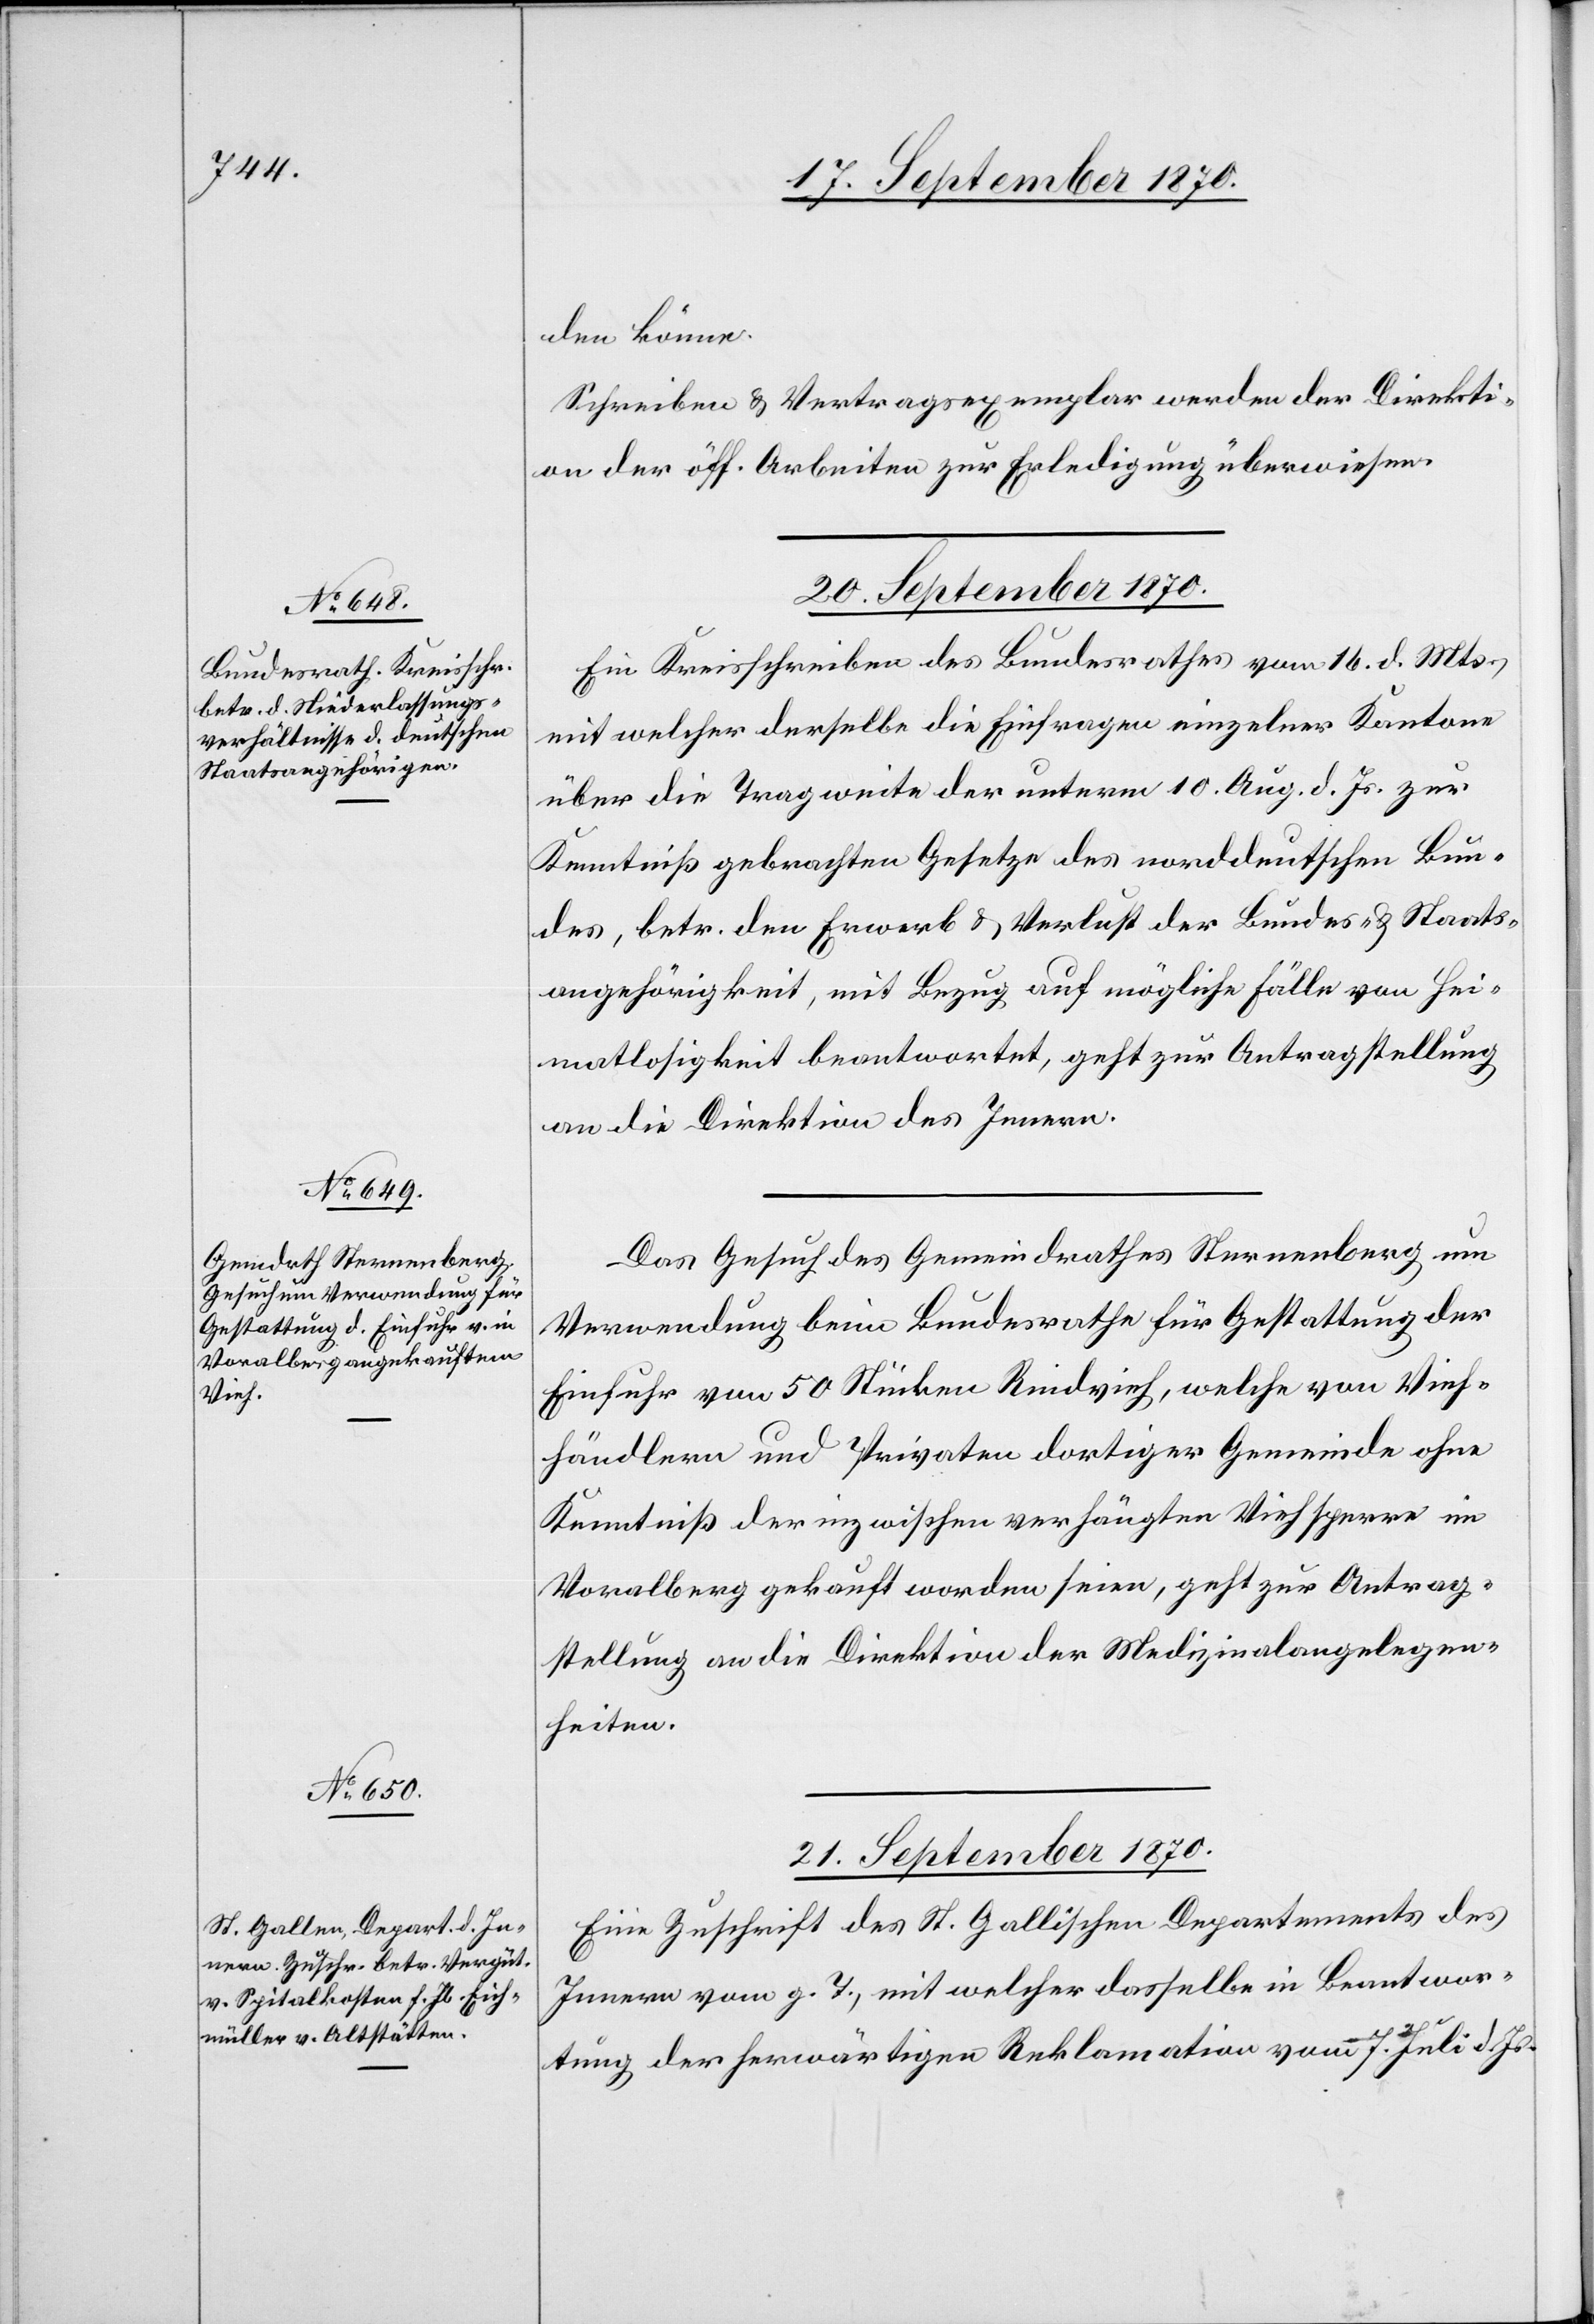
den könne.
Schreiben & Vertragsexemplar werden der Direkti¬
on der öff. Arbeiten zur Erledigung überwiesen.
20. September 1870.]
Ein Kreisschreiben des Bundesrathes vom 16. d. Mts.
mit welcher [sic!] derselbe die Einfrage einzelner Kantone
über die Tragweite der unterm 10. Aug. d. Js. zur
Kenntniß gebrachten Gesetze des norddeutschen Bun¬
des, betr. den Erwerb & Verlust der Bundes- & Staats¬
angehörigkeit, mit Bezug auf mögliche Fälle von Hei¬
matlosigkeit beantwortet, geht zur Antragstellung
an die Direktion des Innern.
Das Gesuch des Gemeindrathes Sternenberg um
Verwendung beim Bundesrathe für Gestattung der
Einfuhr von 50 Stücken Rindvieh, welche von Vieh¬
händlern und Privaten dortiger Gemeinde ohne
Kenntniß der inzwischen verhängten Viehsperre in
Vora[r]lberg gekauft worden seien, geht zur Antrag¬
stellung an die Direktion der Medizinalangelegen¬
heiten.
21. September 1870.
Eine Zuschrift des St. Gallischen Departements des
Innern vom g. T., mit welcher dasselbe in Beantwor¬
tung der herwärtigen Reklamation vom 7. Juli d. Js.